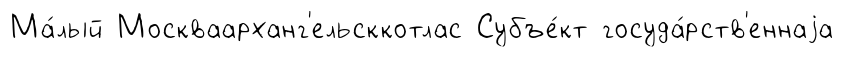
Ма́лый Москваарханг'ельсккотлас Субъе́кт госуда́рств'еннаjа